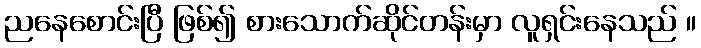
ညနေစောင်းပြီ ဖြစ်၍ စားသောက်ဆိုင်တန်းမှာ လူရှင်းနေသည် ။